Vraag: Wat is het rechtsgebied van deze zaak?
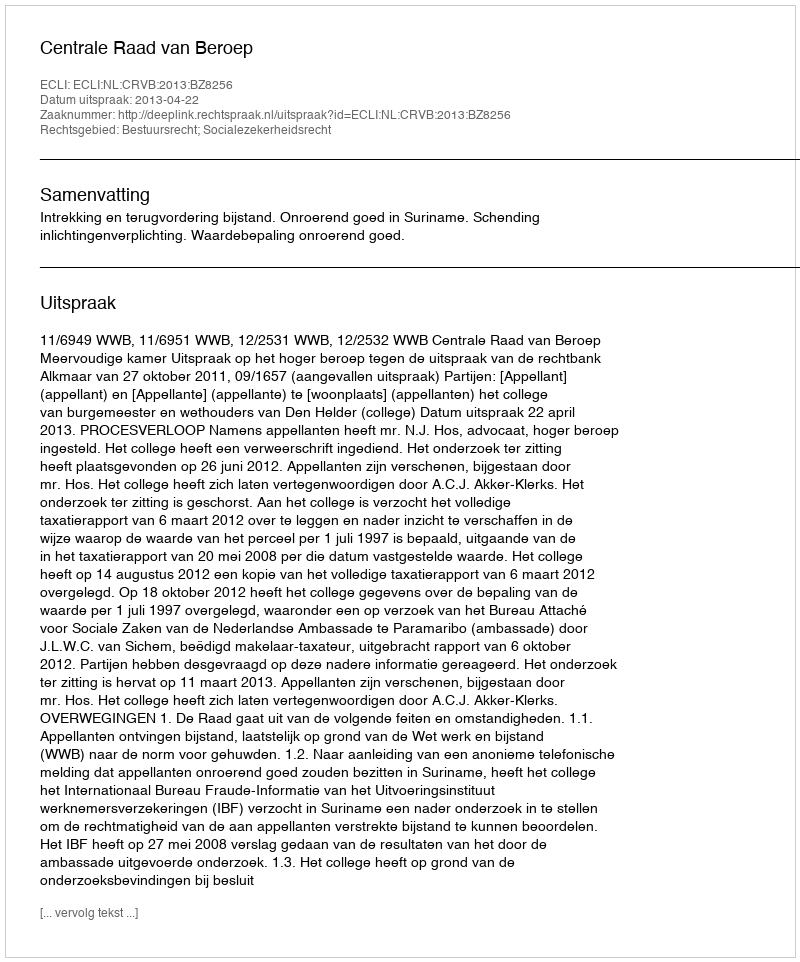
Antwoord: Bestuursrecht; Socialezekerheidsrecht